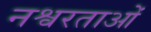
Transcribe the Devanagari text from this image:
नश्वरताओं